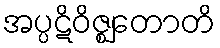
အပ္ပဋိဝိဇ္ဈတောတိ